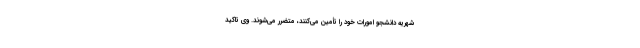
شهریه دانشجو امورات خود را تأمین می‌کنند، متضرر می‌شوند. وی تاکید